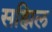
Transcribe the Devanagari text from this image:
सह्मिल